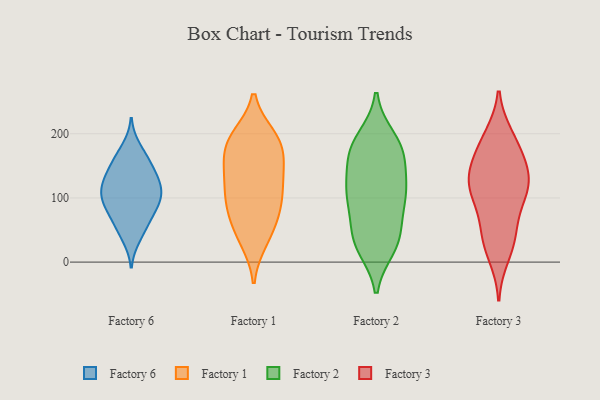
{"axis": {"x": "Latency (ms)", "y": "Value"}, "legend": ["Factory 1", "Factory 2", "Factory 3", "Factory 6"], "data": [{"x": "", "y": 96, "type": "Factory 6"}, {"x": "", "y": 138, "type": "Factory 6"}, {"x": "", "y": 178, "type": "Factory 6"}, {"x": "", "y": 123, "type": "Factory 6"}, {"x": "", "y": 85, "type": "Factory 6"}, {"x": "", "y": 74, "type": "Factory 6"}, {"x": "", "y": 94, "type": "Factory 6"}, {"x": "", "y": 60, "type": "Factory 6"}, {"x": "", "y": 114, "type": "Factory 6"}, {"x": "", "y": 38, "type": "Factory 6"}, {"x": "", "y": 162, "type": "Factory 6"}, {"x": "", "y": 107, "type": "Factory 6"}, {"x": "", "y": 159, "type": "Factory 6"}, {"x": "", "y": 144, "type": "Factory 6"}, {"x": "", "y": 128, "type": "Factory 6"}, {"x": "", "y": 51, "type": "Factory 6"}, {"x": "", "y": 92, "type": "Factory 6"}, {"x": "", "y": 117, "type": "Factory 6"}, {"x": "", "y": 95, "type": "Factory 1"}, {"x": "", "y": 114, "type": "Factory 1"}, {"x": "", "y": 34, "type": "Factory 1"}, {"x": "", "y": 180, "type": "Factory 1"}, {"x": "", "y": 91, "type": "Factory 1"}, {"x": "", "y": 32, "type": "Factory 1"}, {"x": "", "y": 62, "type": "Factory 1"}, {"x": "", "y": 191, "type": "Factory 1"}, {"x": "", "y": 194, "type": "Factory 1"}, {"x": "", "y": 138, "type": "Factory 1"}, {"x": "", "y": 125, "type": "Factory 1"}, {"x": "", "y": 154, "type": "Factory 1"}, {"x": "", "y": 194, "type": "Factory 1"}, {"x": "", "y": 107, "type": "Factory 1"}, {"x": "", "y": 62, "type": "Factory 1"}, {"x": "", "y": 158, "type": "Factory 1"}, {"x": "", "y": 154, "type": "Factory 1"}, {"x": "", "y": 79, "type": "Factory 1"}, {"x": "", "y": 197, "type": "Factory 1"}, {"x": "", "y": 111, "type": "Factory 2"}, {"x": "", "y": 168, "type": "Factory 2"}, {"x": "", "y": 194, "type": "Factory 2"}, {"x": "", "y": 22, "type": "Factory 2"}, {"x": "", "y": 149, "type": "Factory 2"}, {"x": "", "y": 44, "type": "Factory 2"}, {"x": "", "y": 113, "type": "Factory 2"}, {"x": "", "y": 187, "type": "Factory 2"}, {"x": "", "y": 59, "type": "Factory 2"}, {"x": "", "y": 165, "type": "Factory 2"}, {"x": "", "y": 93, "type": "Factory 2"}, {"x": "", "y": 106, "type": "Factory 2"}, {"x": "", "y": 107, "type": "Factory 2"}, {"x": "", "y": 186, "type": "Factory 2"}, {"x": "", "y": 45, "type": "Factory 2"}, {"x": "", "y": 27, "type": "Factory 2"}, {"x": "", "y": 107, "type": "Factory 2"}, {"x": "", "y": 23, "type": "Factory 2"}, {"x": "", "y": 163, "type": "Factory 2"}, {"x": "", "y": 103, "type": "Factory 3"}, {"x": "", "y": 121, "type": "Factory 3"}, {"x": "", "y": 196, "type": "Factory 3"}, {"x": "", "y": 10, "type": "Factory 3"}, {"x": "", "y": 48, "type": "Factory 3"}, {"x": "", "y": 34, "type": "Factory 3"}, {"x": "", "y": 176, "type": "Factory 3"}, {"x": "", "y": 144, "type": "Factory 3"}, {"x": "", "y": 193, "type": "Factory 3"}, {"x": "", "y": 122, "type": "Factory 3"}, {"x": "", "y": 83, "type": "Factory 3"}, {"x": "", "y": 38, "type": "Factory 3"}, {"x": "", "y": 112, "type": "Factory 3"}, {"x": "", "y": 117, "type": "Factory 3"}, {"x": "", "y": 159, "type": "Factory 3"}, {"x": "", "y": 145, "type": "Factory 3"}]}